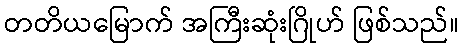
တတိယမြောက် အကြီးဆုံးဂြိုဟ် ဖြစ်သည်။